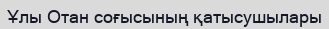
Ұлы Отан соғысының қатысушылары